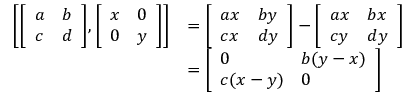
{ \begin{array} { r l } { \left[ { \left[ \begin{array} { l l } { a } & { b } \\ { c } & { d } \end{array} \right] } , { \left[ \begin{array} { l l } { x } & { 0 } \\ { 0 } & { y } \end{array} \right] } \right] } & { = { \left[ \begin{array} { l l } { a x } & { b y } \\ { c x } & { d y } \end{array} \right] } - { \left[ \begin{array} { l l } { a x } & { b x } \\ { c y } & { d y } \end{array} \right] } } \\ & { = { \left[ \begin{array} { l l } { 0 } & { b ( y - x ) } \\ { c ( x - y ) } & { 0 } \end{array} \right] } } \end{array} }